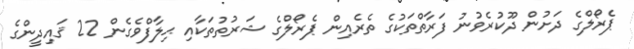
ޕެރޯލްގެ ދަށުން ދޫކުރެވުނު ފަރާތްތަކުގެ ތެރެއިން ޕެރޯލްގެ ޝަރުތުތަކާއި ޙިލާފްވެގެން 22 ޤައިދީންގެ